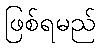
ဖြစ်ရမည်